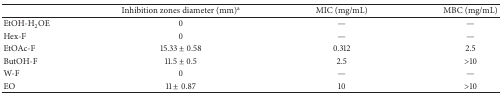
<table><thead><tr><td><b> </b></td><td><b>Inhibition zones diameter (mm)<sup>a</sup></b></td><td><b>MIC (mg/mL)</b></td><td><b>MBC (mg/mL)</b></td></tr></thead><tbody><tr><td>EtOH-H<sub>2</sub>OE</td><td>0</td><td>—</td><td>—</td></tr><tr><td>Hex-F</td><td>0</td><td>—</td><td>—</td></tr><tr><td>EtOAc-F</td><td>15.33 ± 0.58</td><td>0.312</td><td>2.5</td></tr><tr><td>ButOH-F</td><td>11.5 ± 0.5</td><td>2.5</td><td>&gt;10</td></tr><tr><td>W-F</td><td>0</td><td>—</td><td>—</td></tr><tr><td>EO</td><td>11 ± 0.87</td><td>10</td><td>&gt;10</td></tr></tbody></table>